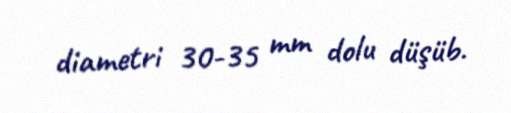
diametri 30-35 mm dolu düşüb.